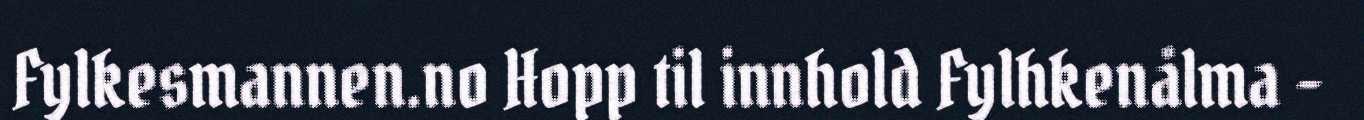
Fylkesmannen.no Hopp til innhold Fylhkenålma -